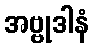
အဗ္ဗုဒါနံ